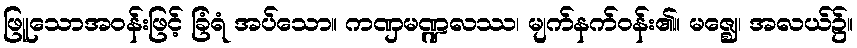
ဖြူသောအဝန်းဖြင့် ခြံရံ အပ်သော။ ကဏှမဏ္ဍလဿ၊ မျက်နက်ဝန်း၏။ မဇ္ဈေ၊ အလယ်၌။